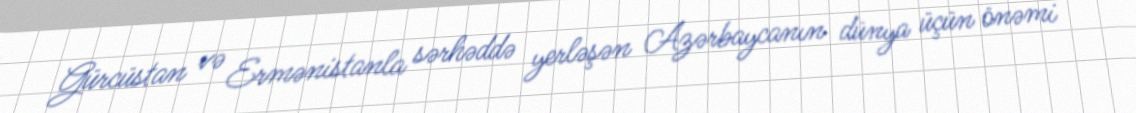
Gürcüstan və Ermənistanla sərhəddə yerləşən Azərbaycanın dünya üçün önəmi